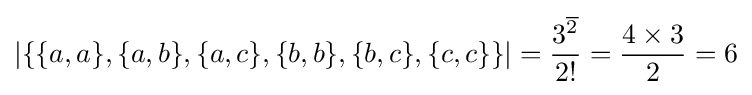
\left\vert \{\{a,a\},\{a,b\},\{a,c\},\{b,b\},\{b,c\},\{c,c\}\}\right\vert ={\frac {3^{\overline {2}}}{2!}}={\frac {4\times 3}{2}}=6